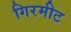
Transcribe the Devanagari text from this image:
गिरमीट